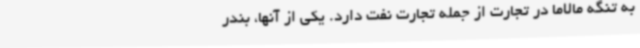
به تنگه مالاما در تجارت از جمله تجارت نفت دارد. یکی از آنها، بندر